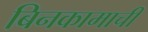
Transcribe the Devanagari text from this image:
बिनकामाची